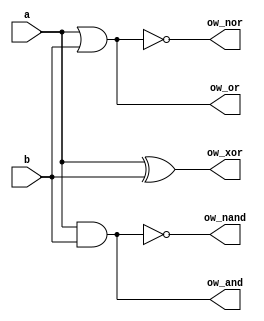
module logic_gate (
    input a, b,
    output wire ow_and, ow_or, ow_nor, ow_nand, ow_xor,
);

// and gate
assign ow_and = a & b;
// or gate
assign ow_or = a | b;
// xor gate
assign ow_xor = a ^ b;
// nor gate
assign ow_nor = ~(a | b);
// nand gate
assign ow_nand = ~(a & b);

endmodule